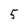
Character: 5